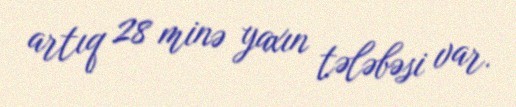
artıq 28 minə yaxın tələbəsi var.